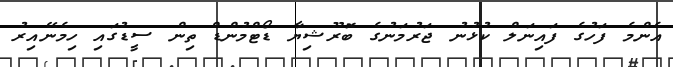
އެންމެ ފަހުގެ ފައިނަލް ކުޅުނު ޖަރުމަނުގެ ބޮރޫޝިޔާ ޑޯޓްމުންޑް ތިން ސީޑުގައި ހިމެނޭއިރު